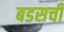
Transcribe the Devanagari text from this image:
बडसची